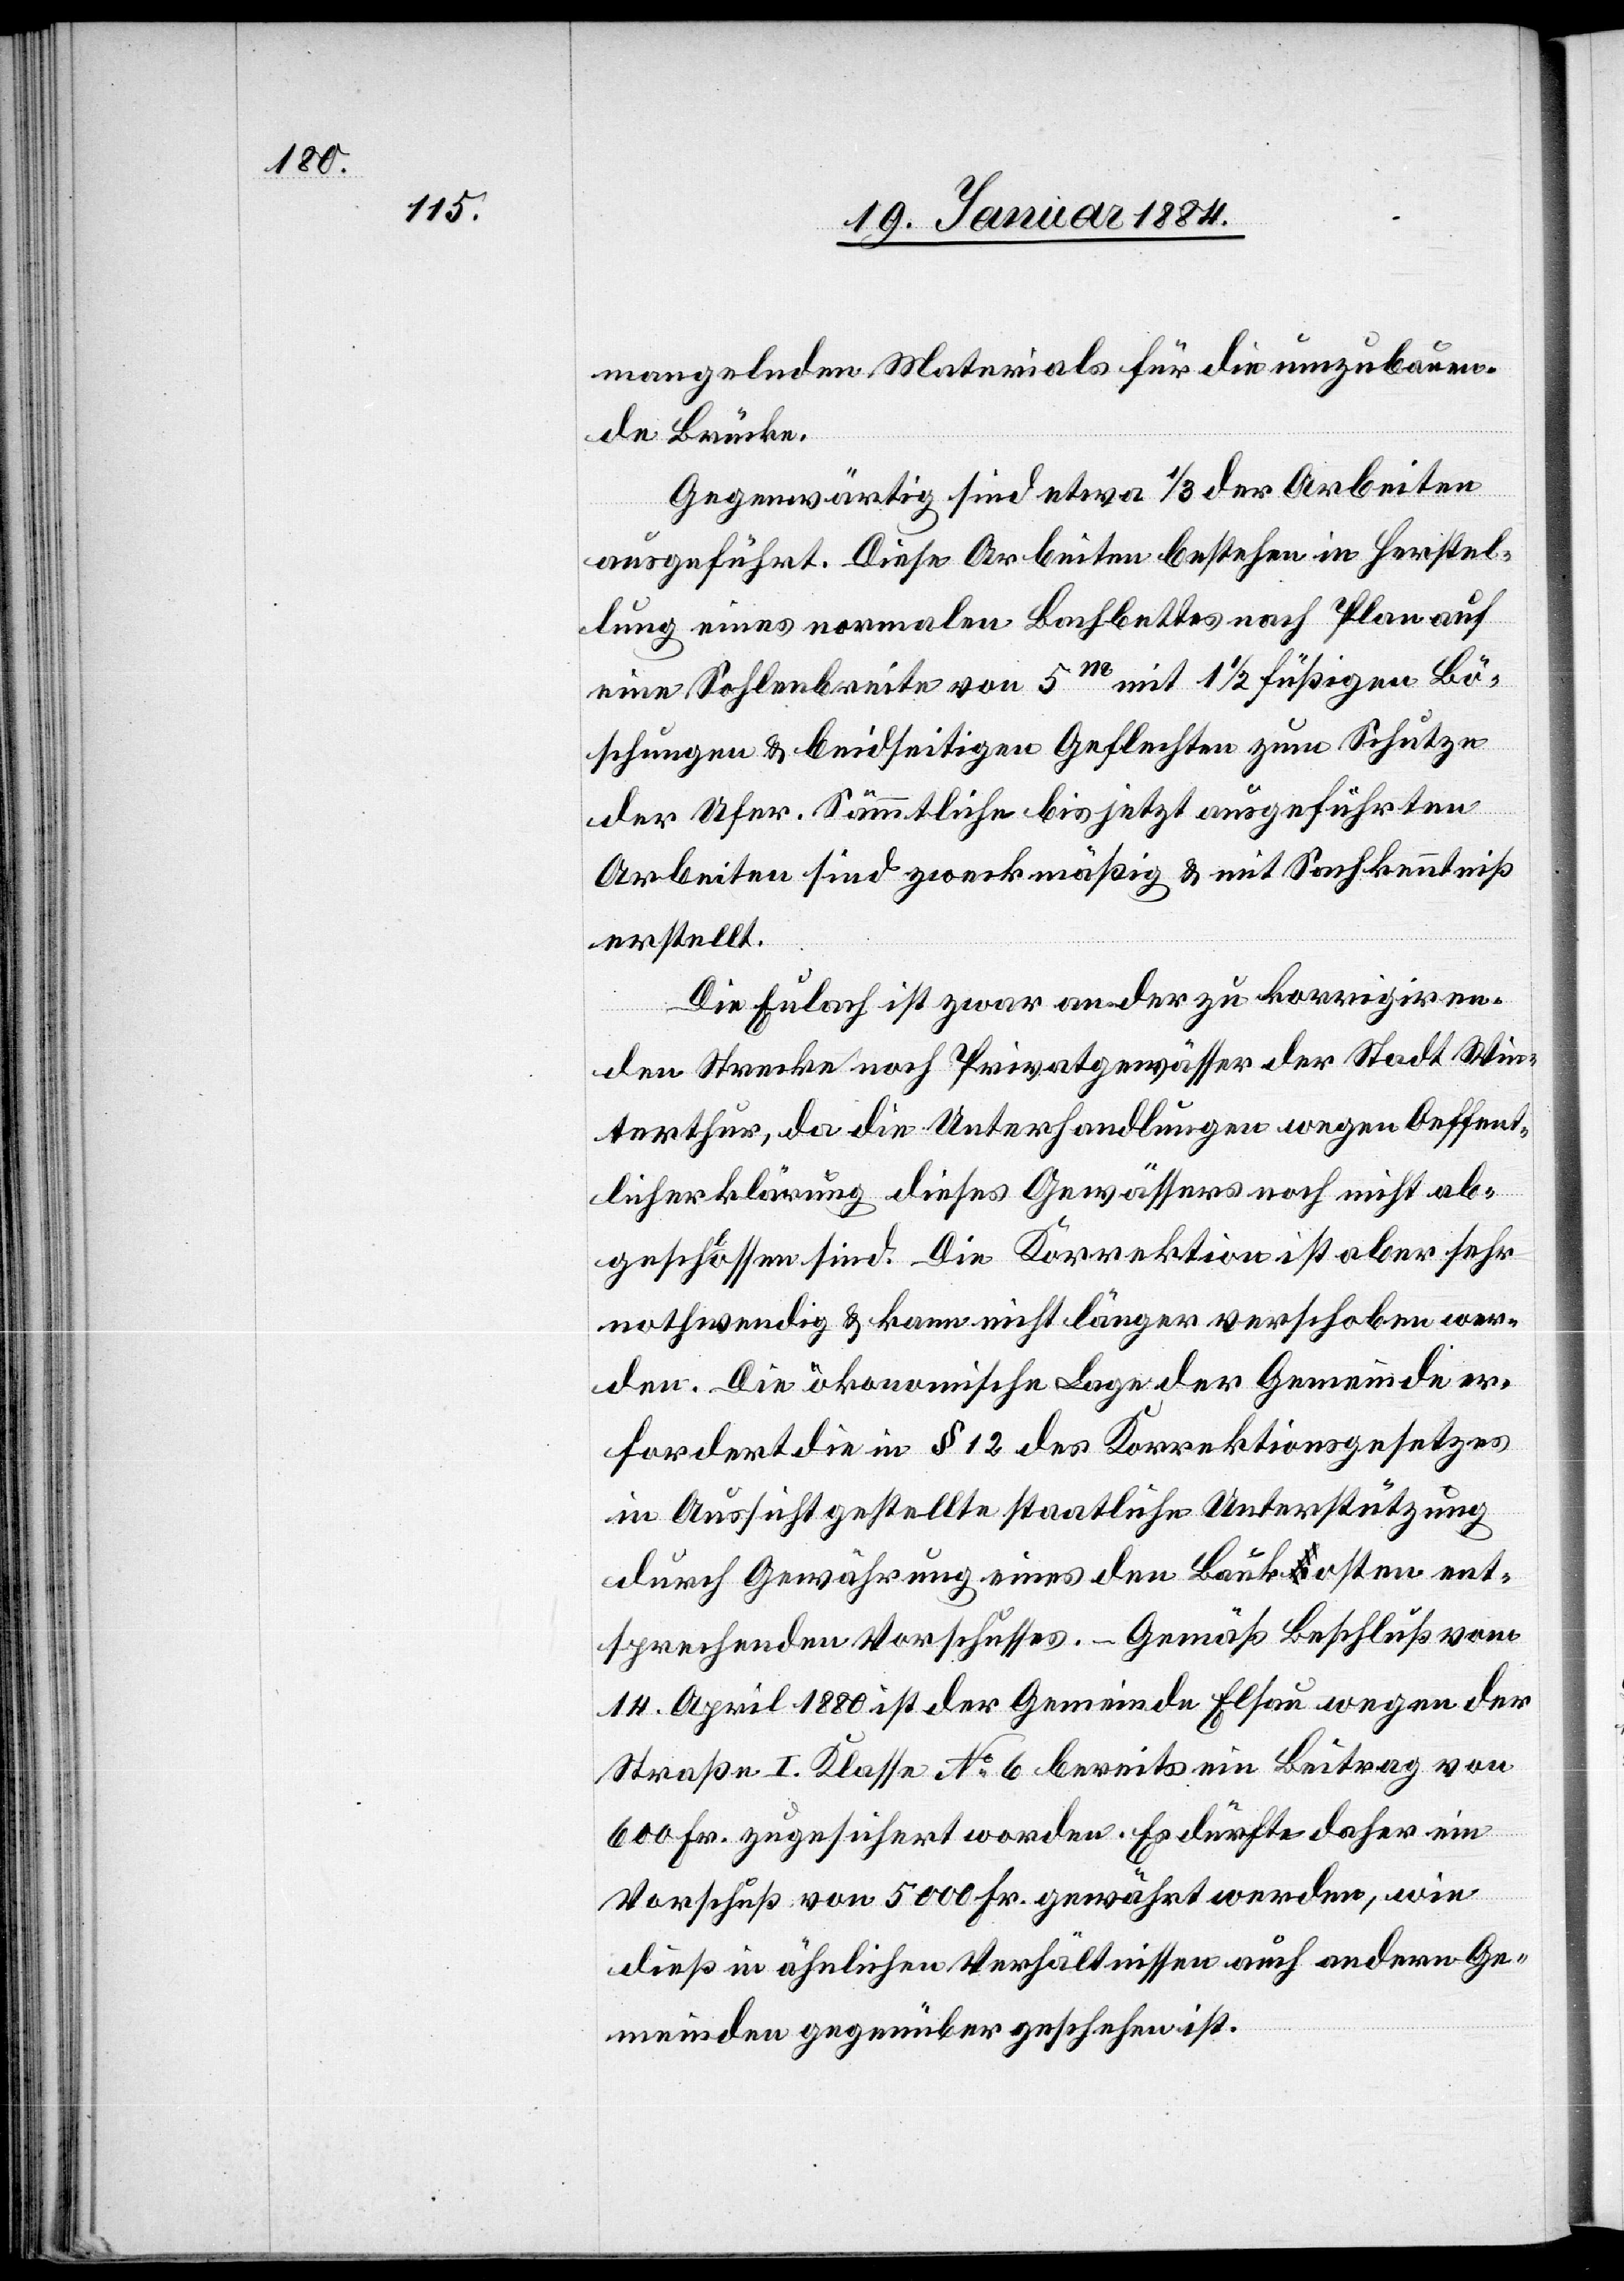
mangelnden Materials für die einzubauen¬
de Brücke.
Gegenwärtig sind etwa 1/3 der Arbeiten
ausgeführt. Diese Arbeiten bestehen in Herstel¬
lung eines normalen Bachbettes nach Plan auf
eine Sohlenbreite von 5m mit 1 1/2füßigen Bö¬
schungen & beidseitigen Geflechten zum Schutze
der Ufer. Sämmtliche bis jetzt ausgeführten
Arbeiten sind zweckmäßig & mit Sachkenntniß
erstellt.
Die Eulach ist zwar an der zu korrigieren¬
den Strecke noch Privatgewässer der Stadt Win¬
terthur, da die Unterhandlungen wegen Oeffent¬
licherklärung dieses Gewässers noch nicht ab¬
geschlossen sind. Die Korrektion ist aber sehr
nothwendig & kann nicht länger verschoben wer¬
den. Die ökonomische Lage der Gemeinde er¬
fordert die in § 12 des Korrektionsgesetzes
in Aussicht gestellte staatliche Unterstützung
durch Gewährung eines den Baukosten ent¬
sprechenden Vorschusses. – Gemäß Beschluß vom
14. April 1880 ist der Gemeinde Elsau wegen der
Straße I. Klasse No 6 bereits ein Beitrag von
600 Fr. zugesichert worden. Es dürfte daher ein
Vorschuß von 5000 Fr. gewährt werden, wie
dieß in ähnlichen Verhältnissen auch andern Ge¬
meinden gegenüber geschehen ist.